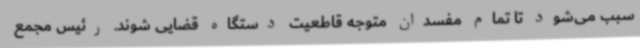
سبب می‌شود تا تمام مفسدان متوجه قاطعیت دستگاه قضایی شوند. رئیس مجمع